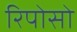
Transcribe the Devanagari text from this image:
रिपोसो